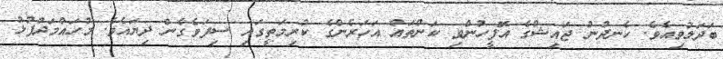
ބަދަލުވިއެވެ. ހެނދުނު ޖައިޝްގެ އޮފީހުންވި ކަންތައް އަހަރެންގެ ކުރިމަތީގައި ސިފަވެގެން ދިޔައެވެ. މުހައްމަދުފުޅު